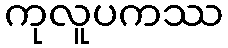
ကုလူပကဿ